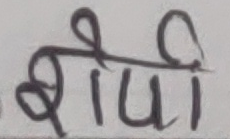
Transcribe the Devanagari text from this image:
श्रीसी